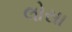
લોસા